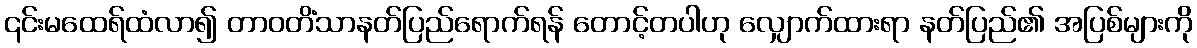
၎င်းမထေရ်ထံလာ၍ တာဝတိံသာနတ်ပြည်ရောက်ရန် တောင့်တပါဟု လျှောက်ထားရာ နတ်ပြည်၏ အပြစ်များကို